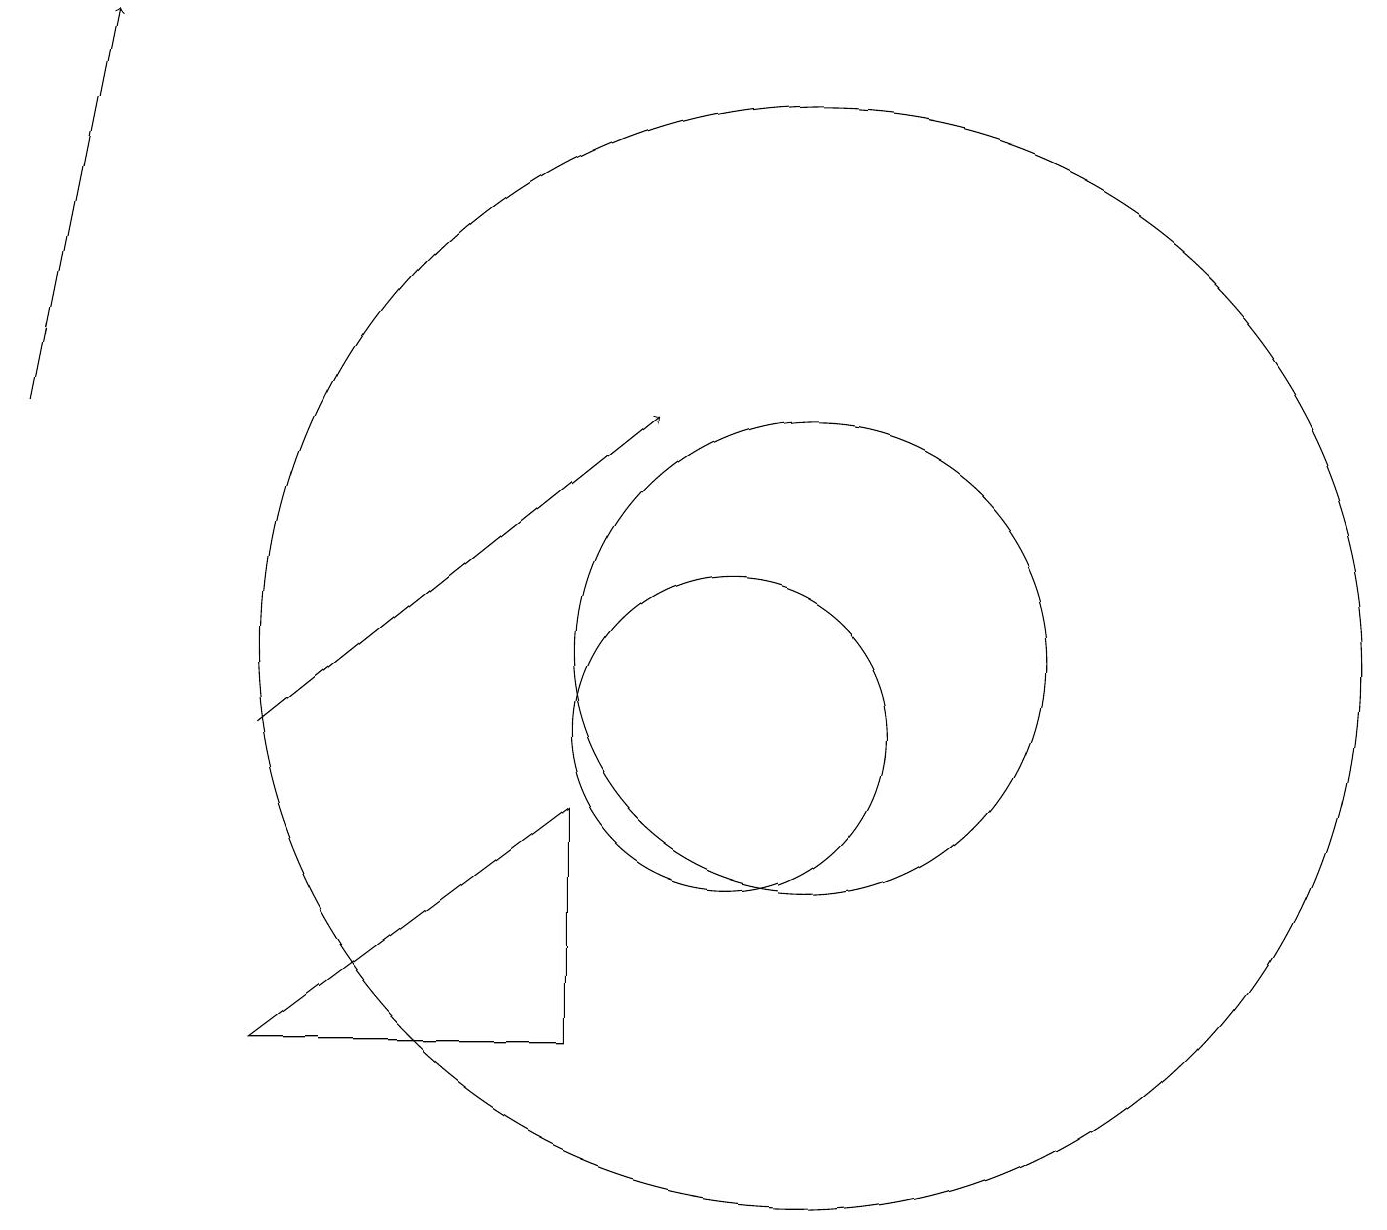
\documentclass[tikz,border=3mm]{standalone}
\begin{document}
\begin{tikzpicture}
\draw (4,6) -- (8,9) -- (8,6) -- cycle;
\draw (10,10) circle (2);
\draw[->] (1,14) -- (2,19);
\draw (11,11) circle (3);
\draw (11,11) circle (7);
\draw[->] (4,10) -- (9,14);
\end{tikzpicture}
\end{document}